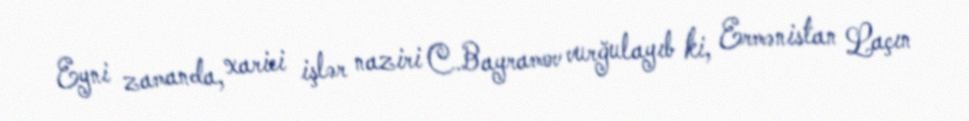
Eyni zamanda, xarici işlər naziri C.Bayramov vurğulayıb ki, Ermənistan Laçın